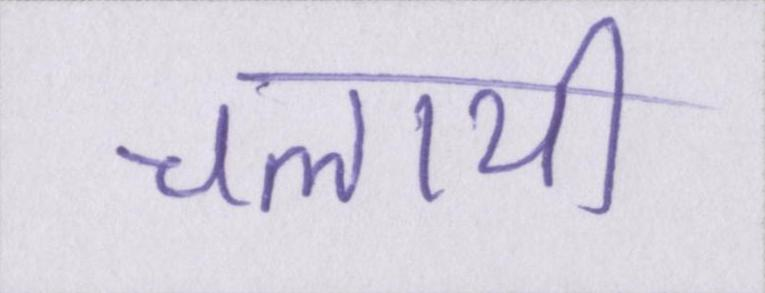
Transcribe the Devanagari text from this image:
चलायी